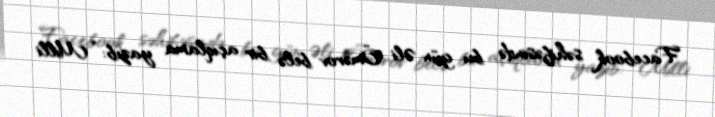
Facebook səhifəsində bu gün Əli Ömərov belə bir açıqlama yazıb: “Milli